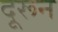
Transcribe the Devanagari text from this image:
दूरून